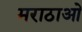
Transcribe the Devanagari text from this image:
मराठाओ